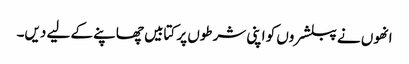
انھوں نے پبلشروں کو اپنی شرطوں پر کتابیں چھاپنے کے لیے دیں۔